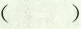
( )